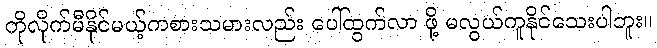
ကိုလိုက်မီနိုင်မယ့်ကစားသမားလည်း ပေါ်ထွက်လာ ဖို့ မလွယ်ကူနိုင်သေးပါဘူး။